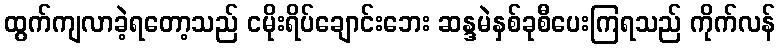
ထွက်ကျလာခဲ့ရတော့သည် ငမိုးရိပ်ချောင်းဘေး ဆန္ဒမဲနှစ်ခုစီပေးကြရသည် ကိုက်လန်